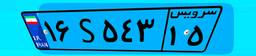
۹۴S۱۳۸۰۹